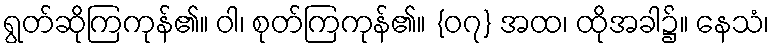
ရွတ်ဆိုကြကုန်၏။ ဝါ၊ စုတ်ကြကုန်၏။ {၀၇} အထ၊ ထိုအခါ၌။ နေသံ၊